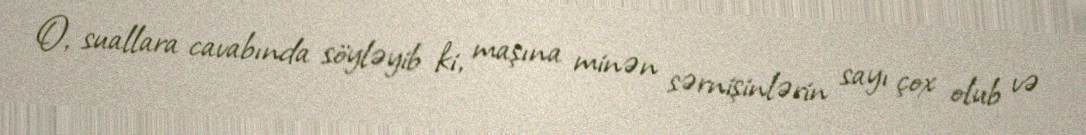
O, suallara cavabında söyləyib ki, maşına minən sərnişinlərin sayı çox olub və